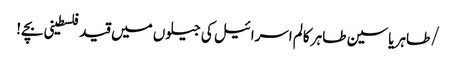
/طاہر یاسین طاہر	کالم	اسرائیل کی جیلوں میں قید فلسطینی بچے!